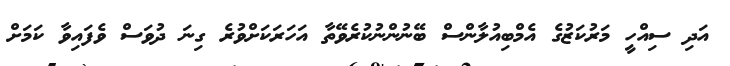
އަދި ސިއްހީ މަރުކަޒުގެ އެމްބިއުލާންސް ބޭނުންނުކުރެވޭތާ އަހަރަކަށްވުރެ ގިނަ ދުވަސް ވެފައިވާ ކަމަށް